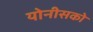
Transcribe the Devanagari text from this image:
योनीसको